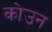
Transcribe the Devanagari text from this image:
कोउन